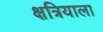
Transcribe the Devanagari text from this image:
क्षत्रियाला